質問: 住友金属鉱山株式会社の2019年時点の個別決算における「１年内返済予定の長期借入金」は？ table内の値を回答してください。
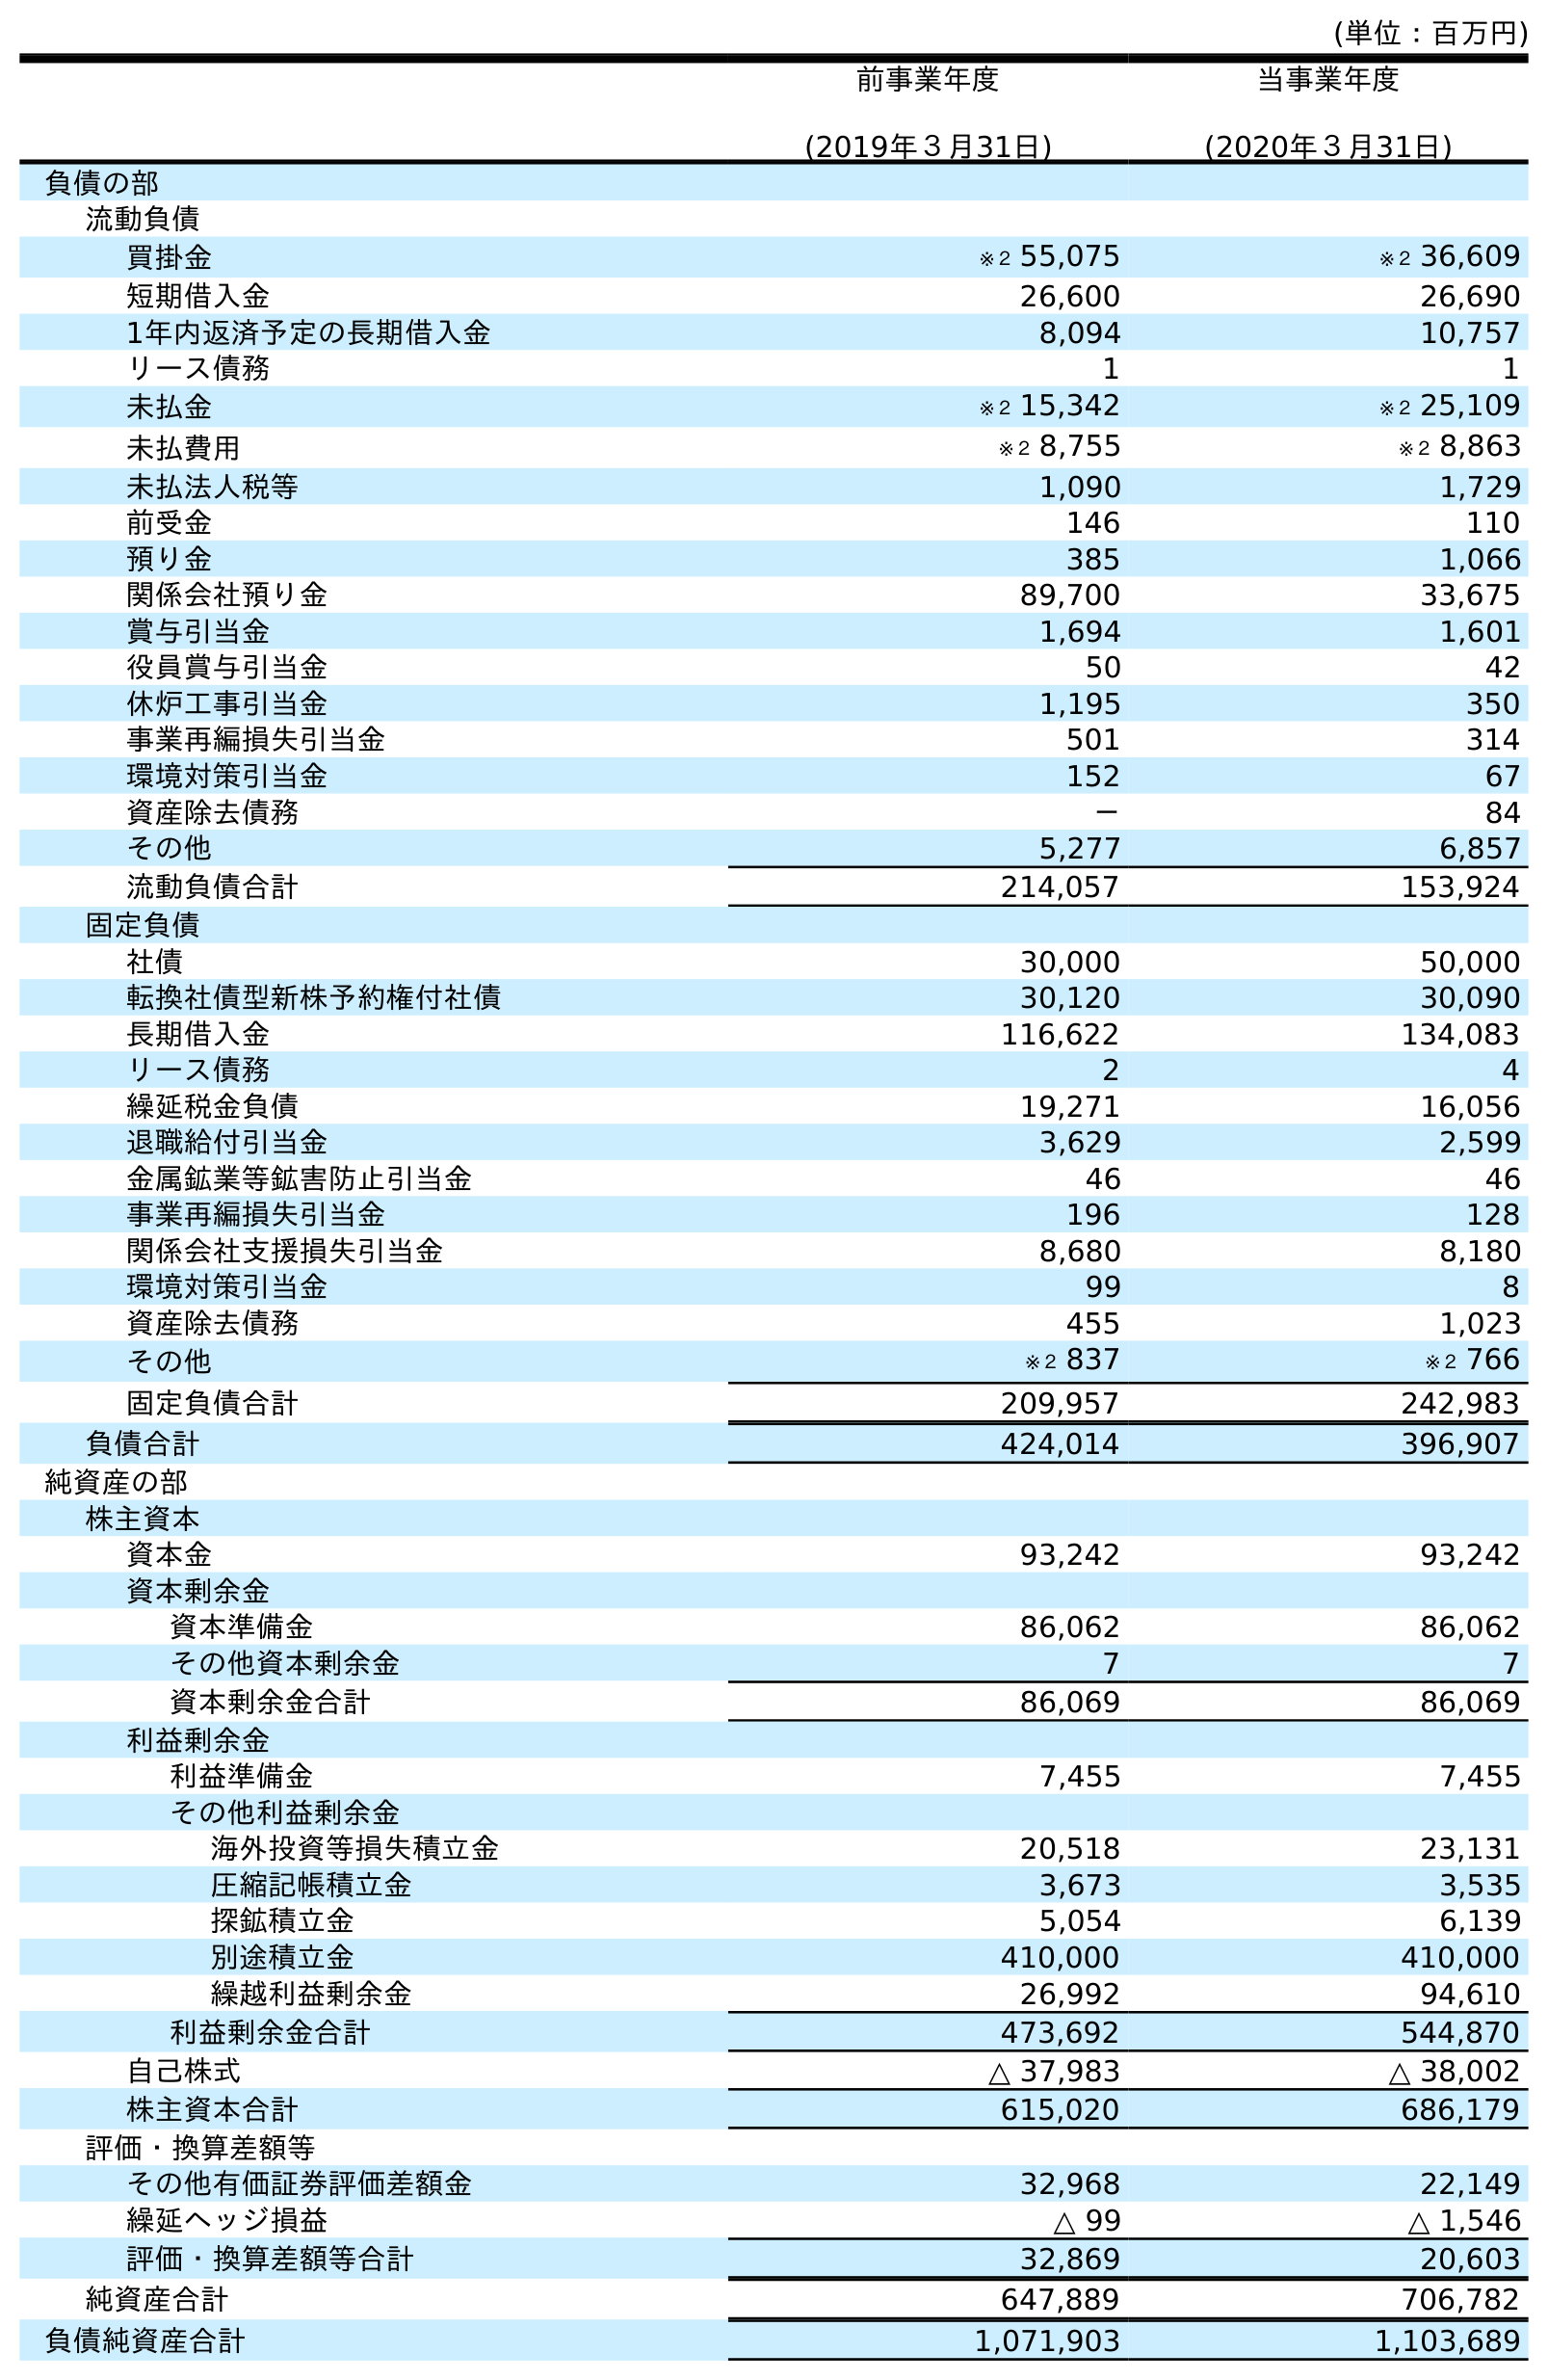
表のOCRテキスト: (単位：百万円) 前事業年度 (2019年３月31日) 当事業年度 (2020年３月31日) 負債の部 流動負債 買掛金 ※２ 55,075 ※２ 36,609 短期借入金 26,600 26,690 1年内返済予定の長期借入金 8,094 10,757 リース債務 1 1 未払金 ※２ 15,342 ※２ 25,109 未払費用 ※２ 8,755 ※２ 8,863 未払法人税等 1,090 1,729 前受金 146 110 預り金 385 1,066 関係会社預り金 89,700 33,675 賞与引当金 1,694 1,601 役員賞与引当金 50 42 休炉工事引当金 1,195 350 事業再編損失引当金 501 314 環境対策引当金 152 67 資産除去債務 － 84 その他 5,277 6,857 流動負債合計 214,057 153,924 固定負債 社債 30,000 50,000 転換社債型新株予約権付社債 30,120 30,090 長期借入金 116,622 134,083 リース債務 2 4 繰延税金負債 19,271 16,056 退職給付引当金 3,629 2,599 金属鉱業等鉱害防止引当金 46 46 事業再編損失引当金 196 128 関係会社支援損失引当金 8,680 8,180 環境対策引当金 99 8 資産除去債務 455 1,023 その他 ※２ 837 ※２ 766 固定負債合計 209,957 242,983 負債合計 424,014 396,907 純資産の部 株主資本 資本金 93,242 93,242 資本剰余金 資本準備金 86,062 86,062 その他資本剰余金 7 7 資本剰余金合計 86,069 86,069 利益剰余金 利益準備金 7,455 7,455 その他利益剰余金 海外投資等損失積立金 20,518 23,131 圧縮記帳積立金 3,673 3,535 探鉱積立金 5,054 6,139 別途積立金 410,000 410,000 繰越利益剰余金 26,992 94,610 利益剰余金合計 473,692 544,870 自己株式 △ 37,983 △ 38,002 株主資本合計 615,020 686,179 評価・換算差額等 その他有価証券評価差額金 32,968 22,149 繰延ヘッジ損益 △ 99 △ 1,546 評価・換算差額等合計 32,869 20,603 純資産合計 647,889 706,782 負債純資産合計 1,071,903 1,103,689
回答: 8,094